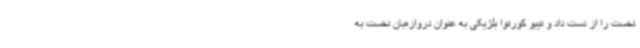
نخست را از دست داد و تیبو کورتوا بلژیکی به عنوان دروازه‌بان نخست به